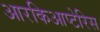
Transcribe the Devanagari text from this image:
आरकिआप्टेरिस